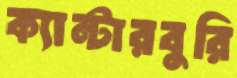
ক্যান্টারবুরি